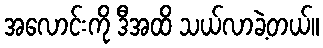
အလောင်းကို ဒီအထိ သယ်လာခဲ့တယ်။